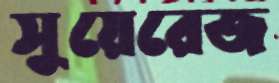
সুয়েরেজ